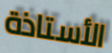
الأستاذة